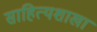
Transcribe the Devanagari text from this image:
साहित्यशाखा